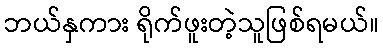
ဘယ်နှကား ရိုက်ဖူးတဲ့သူဖြစ်ရမယ်။